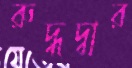
রুদ্ধদ্বার